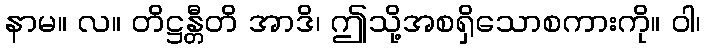
နာမ။ လ။ တိဋ္ဌန္တီတိ အာဒိ၊ ဤသို့အစရှိသောစကားကို။ ဝါ၊